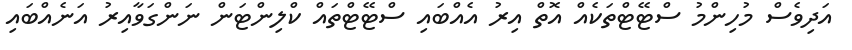
އަދިވެސް މުހިންމު ސްޓޭޓްތަކެއް އޮތް އިރު އެއްބައި ސްޓޭޓްތައް ކްލިންޓަން ނަންގަވާއިރު އަނެއްބައި